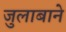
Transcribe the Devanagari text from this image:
जुलाबाने